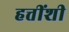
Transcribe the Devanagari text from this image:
हत्तींशी